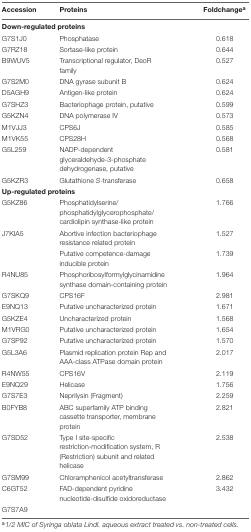
<table><thead><tr><td><b>Accession</b></td><td><b>Proteins</b></td><td><b>Foldchange<sup>a</sup></b></td></tr></thead><tbody><tr><td colspan="3"><b>Down-regulated proteins</b></td></tr><tr><td>G7S1J0</td><td>Phosphatase</td><td>0.618</td></tr><tr><td>G7RZ18</td><td>Sortase-like protein</td><td>0.644</td></tr><tr><td>B9WUV5</td><td>Transcriptional regulator, DeoR family</td><td>0.527</td></tr><tr><td>G7S2M0</td><td>DNA gyrase subunit B</td><td>0.624</td></tr><tr><td>D5AGH9</td><td>Antigen-like protein</td><td>0.624</td></tr><tr><td>G7SHZ3</td><td>Bacteriophage protein, putative</td><td>0.599</td></tr><tr><td>G5KZN4</td><td>DNA polymerase IV</td><td>0.573</td></tr><tr><td>M1VJJ3</td><td>CPS6J</td><td>0.585</td></tr><tr><td>M1VK55</td><td>CPS28H</td><td>0.568</td></tr><tr><td>G5L259</td><td>NADP-dependent glyceraldehyde-3-phosphate dehydrogenase, putative</td><td>0.581</td></tr><tr><td>G5KZR3</td><td>Glutathione <i>S</i>-transferase</td><td>0.658</td></tr><tr><td colspan="3"><b>Up-regulated proteins</b></td></tr><tr><td>G5KZ86</td><td>Phosphatidylserine/phosphatidylglycerophosphate/cardiolipin synthase-like protein</td><td>1.766</td></tr><tr><td>J7KIA5</td><td>Abortive infection bacteriophage resistance related protein</td><td>1.527</td></tr><tr><td></td><td>Putative competence-damage inducible protein</td><td>1.739</td></tr><tr><td>R4NU85</td><td>Phosphoribosylformylglycinamidine synthase domain-containing protein</td><td>1.964</td></tr><tr><td>G7SKQ9</td><td>CPS16F</td><td>2.981</td></tr><tr><td>E9NQ13</td><td>Putative uncharacterized protein</td><td>1.671</td></tr><tr><td>G5KZE4</td><td>Uncharacterized protein</td><td>1.568</td></tr><tr><td>M1VRG0</td><td>Putative uncharacterized protein</td><td>1.654</td></tr><tr><td>G7SP92</td><td>Putative uncharacterized protein</td><td>1.570</td></tr><tr><td>G5L3A6</td><td>Plasmid replication protein Rep and AAA-class ATPase domain protein</td><td>2.017</td></tr><tr><td>R4NW55</td><td>CPS16V</td><td>2.119</td></tr><tr><td>E9NQ29</td><td>Helicase</td><td>1.756</td></tr><tr><td>G7S7E3</td><td>Neprilysin (Fragment)</td><td>2.259</td></tr><tr><td>B0FYB8</td><td>ABC superfamily ATP binding cassette transporter, membrane protein</td><td>2.821</td></tr><tr><td>G7SD52</td><td>Type I site-specific restriction-modification system, R (Restriction) subunit and related helicase</td><td>2.538</td></tr><tr><td>G7SM99</td><td>Chloramphenicol acetyltransferase</td><td>2.862</td></tr><tr><td>C6GT52</td><td>FAD-dependent pyridine nucleotide-disulfide oxidoreductase</td><td>3.432</td></tr><tr><td>G7S7A9</td><td></td><td></td></tr></tbody></table>